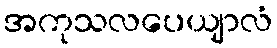
အကုသလပေယျာလံ